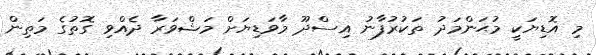
މި އޮޑިޔަކީ މުޙަންމަދު ތަކުރުފާނު އިސްދޫ މާވަޑިޔަށް މަޝްވަރާ ދެއްވި ގޮތުގެ މަތިން